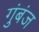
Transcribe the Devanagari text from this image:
गुंबंज